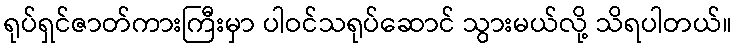
ရုပ်ရှင်ဇာတ်ကားကြီးမှာ ပါဝင်သရုပ်ဆောင် သွားမယ်လို့ သိရပါတယ်။